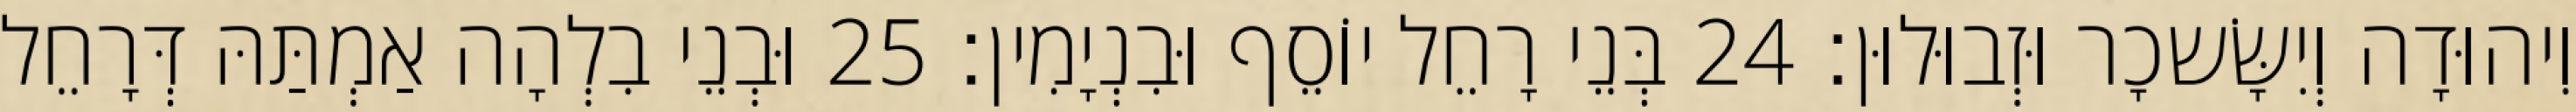
וִיהוּדָה וְיִשָּׂשכָר וּזְבוּלוּן׃ 24 בְּנֵי רָחֵל יוֹסֵף וּבִנְיָמִין׃ 25 וּבְנֵי בִלְהָה אַמְתַּהּ דְּרָחֵל